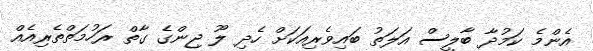
އެންމެ ކަމުދާ ބާލީސް އަލަތު ބައިވެރިއަކަށް ހެދި ލޫ ޖިންގެ ގާތް ރަހުމަތްތެރިއެއް